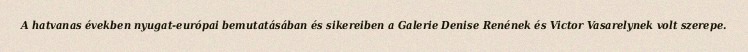
A hatvanas években nyugat-európai bemutatásában és sikereiben a Galerie Denise Renének és Victor Vasarelynek volt szerepe.